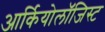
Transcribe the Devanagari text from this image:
आर्कियोलाॅजिस्ट